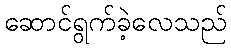
ဆောင်ရွက်ခဲ့လေသည်